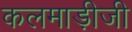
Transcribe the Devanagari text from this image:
कलमाड़ीजी